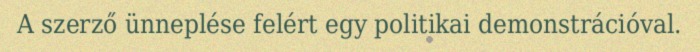
A szerző ünneplése felért egy politikai demonstrációval.